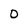
Character: 0